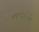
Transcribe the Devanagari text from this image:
चंद्रलोकची